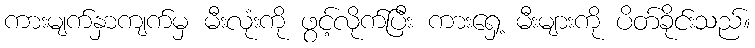
ကားမျက်နှာကျက်မှ မီးလုံးကို ဖွင့်လိုက်ပြီး ကားရှေ့ မီးများကို ပိတ်ခိုင်းသည်။